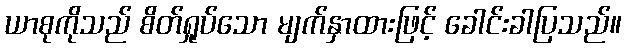
ယာစုကိုသည် စိတ်ရှုပ်သော မျက်နှာထားဖြင့် ခေါင်းခါပြသည်။